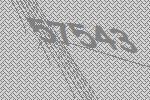
57543